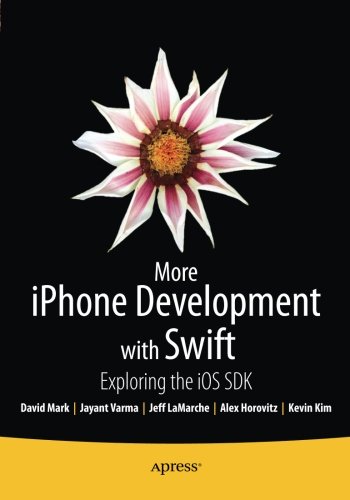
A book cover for More iPhone Development with Swift: Exploring the iOS SDK; Alex Horovitz; Computers & Technology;